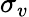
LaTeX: \sigma_{v}